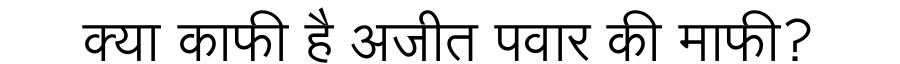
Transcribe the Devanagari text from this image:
क्या काफी है अजीत पवार की माफी?